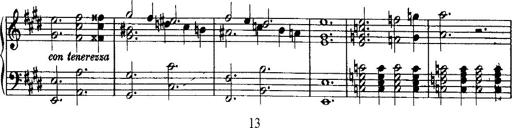
Title: Rondo di bravura
Composer: Franz Liszt